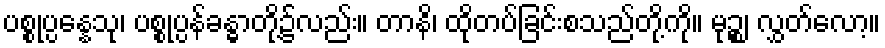
ပစ္စုပ္ပန္နေသု၊ ပစ္စုပ္ပန်ခန္ဓာတို့၌လည်း။ တာနိ၊ ထိုတပ်ခြင်းစသည်တို့ကို။ မုဉ္စ၊ လွှတ်လော့။